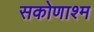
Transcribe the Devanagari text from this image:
सकोणाश्म